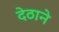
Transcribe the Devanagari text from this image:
देठाने